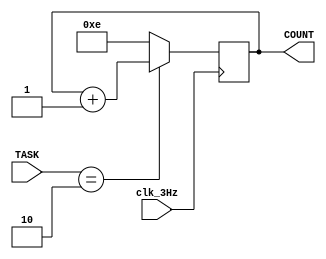
`timescale 1ns / 1ps
//////////////////////////////////////////////////////////////////////////////////
// Company: 
// Engineer: 
// 
// Design Name: 
// Module Name: water_discharge_counter
// Project Name: 
// Target Devices: 
// Tool Versions: 
// Description: 
// 
// Dependencies: 
// 
// Revision:
// Revision 0.01 - File Created
// Additional Comments:
// 
//////////////////////////////////////////////////////////////////////////////////


module water_discharge_counter(
    input clk_3Hz,
    input [1:0] TASK,
    output reg [3:0] COUNT
    );
    
    initial
    begin
        COUNT = 0;
    end
        
    always @ (posedge clk_3Hz)
        begin
            COUNT <= (TASK == 2'b10) ? COUNT + 1 : 4'b1110;
        end
endmodule